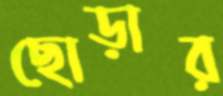
ছোড়ার